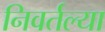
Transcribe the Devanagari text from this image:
निवर्तल्या